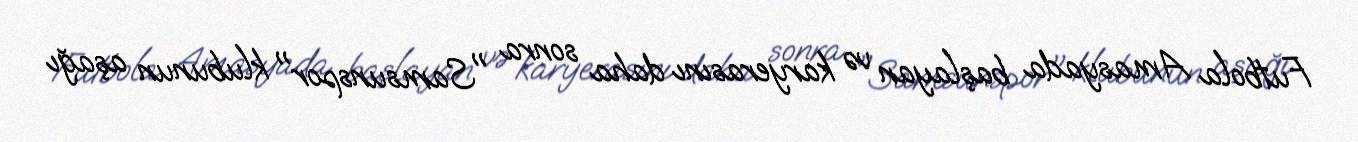
Futbola Amasyada başlayan və karyerasını daha sonra "Samsunspor" klubunun aşağı